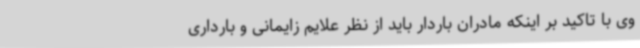
وی با تاکید بر اینکه مادران باردار باید از نظر علایم زایمانی و بارداری